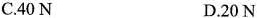
C.40N D.20N